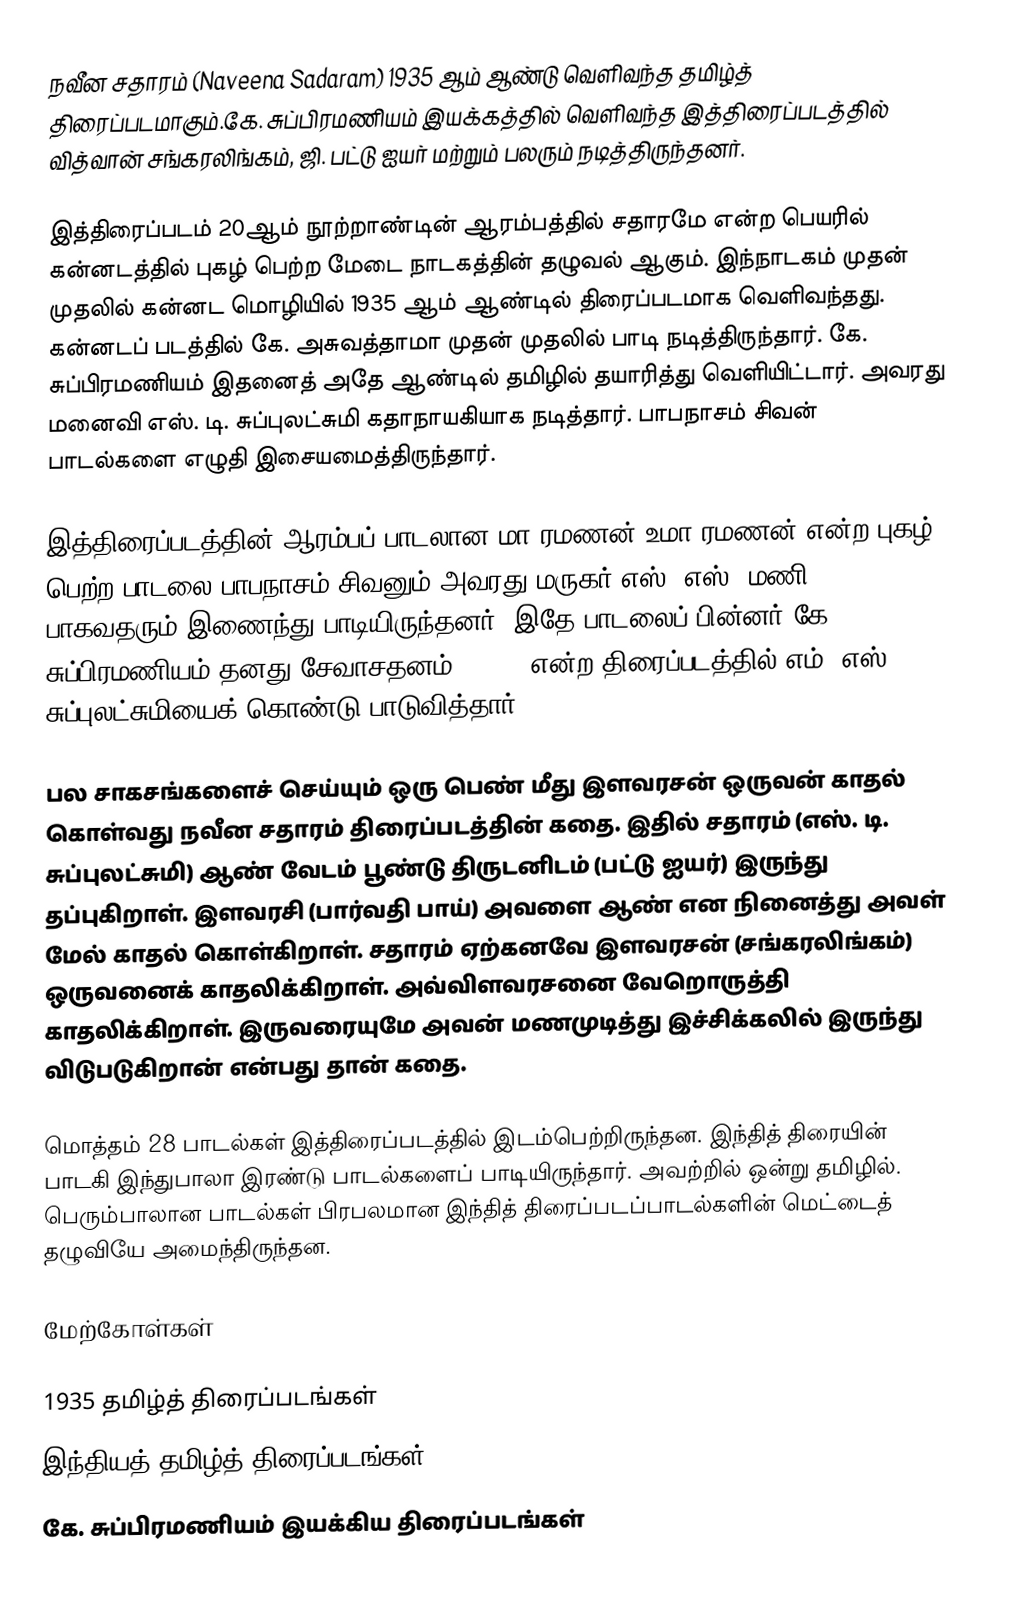
நவீன சதாரம் (Naveena Sadaram) 1935 ஆம் ஆண்டு வெளிவந்த தமிழ்த் திரைப்படமாகும்.கே. சுப்பிரமணியம்  இயக்கத்தில் வெளிவந்த இத்திரைப்படத்தில் வித்வான் சங்கரலிங்கம், ஜி. பட்டு ஐயர் மற்றும் பலரும் நடித்திருந்தனர்.

இத்திரைப்படம் 20ஆம் நூற்றாண்டின் ஆரம்பத்தில் சதாரமே என்ற பெயரில் கன்னடத்தில் புகழ் பெற்ற மேடை நாடகத்தின் தழுவல் ஆகும். இந்நாடகம் முதன் முதலில் கன்னட மொழியில் 1935 ஆம் ஆண்டில் திரைப்படமாக வெளிவந்தது. கன்னடப் படத்தில் கே. அசுவத்தாமா முதன் முதலில் பாடி நடித்திருந்தார். கே. சுப்பிரமணியம் இதனைத் அதே ஆண்டில் தமிழில் தயாரித்து வெளியிட்டார். அவரது மனைவி எஸ். டி. சுப்புலட்சுமி கதாநாயகியாக நடித்தார். பாபநாசம் சிவன் பாடல்களை எழுதி இசையமைத்திருந்தார்.

இத்திரைப்படத்தின் ஆரம்பப் பாடலான மா ரமணன் உமா ரமணன் என்ற புகழ் பெற்ற பாடலை பாபநாசம் சிவனும் அவரது மருகர் எஸ். எஸ். மணி பாகவதரும் இணைந்து பாடியிருந்தனர். இதே பாடலைப் பின்னர் கே. சுப்பிரமணியம் தனது சேவாசதனம் (1938) என்ற திரைப்படத்தில் எம். எஸ். சுப்புலட்சுமியைக் கொண்டு பாடுவித்தார்.

பல சாகசங்களைச் செய்யும் ஒரு பெண் மீது இளவரசன் ஒருவன் காதல் கொள்வது நவீன சதாரம் திரைப்படத்தின் கதை. இதில் சதாரம் (எஸ். டி. சுப்புலட்சுமி) ஆண் வேடம் பூண்டு திருடனிடம் (பட்டு ஐயர்) இருந்து தப்புகிறாள். இளவரசி (பார்வதி பாய்) அவளை ஆண் என நினைத்து அவள் மேல் காதல் கொள்கிறாள். சதாரம் ஏற்கனவே இளவரசன் (சங்கரலிங்கம்) ஒருவனைக் காதலிக்கிறாள். அவ்விளவரசனை வேறொருத்தி காதலிக்கிறாள். இருவரையுமே அவன் மணமுடித்து இச்சிக்கலில் இருந்து விடுபடுகிறான் என்பது தான் கதை.

மொத்தம் 28 பாடல்கள் இத்திரைப்படத்தில் இடம்பெற்றிருந்தன. இந்தித் திரையின் பாடகி இந்துபாலா இரண்டு பாடல்களைப் பாடியிருந்தார். அவற்றில் ஒன்று தமிழில். பெரும்பாலான பாடல்கள் பிரபலமான இந்தித் திரைப்படப்பாடல்களின் மெட்டைத் தழுவியே அமைந்திருந்தன.

மேற்கோள்கள்

1935 தமிழ்த் திரைப்படங்கள்
இந்தியத் தமிழ்த் திரைப்படங்கள்
கே. சுப்பிரமணியம் இயக்கிய திரைப்படங்கள்